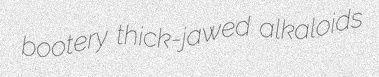
bootery thick-jawed alkaloids